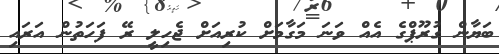
ބަޔާން ގުރޫޕްގެ އެއް ވަނަ މަގާމަށް ކުރިއަށް ޖެހިލީ ރޭ ފަހަތުން އަރައި